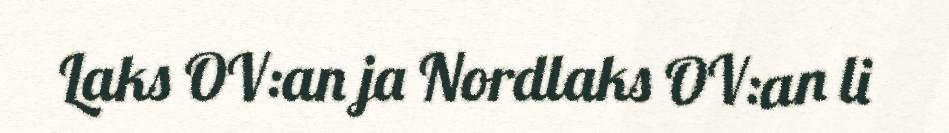
Laks OV:an ja Nordlaks OV:an li